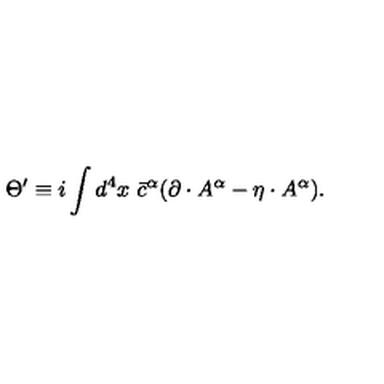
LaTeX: \Theta ^ { \prime } \equiv i \int d ^ { 4 } x \ { \bar { c } } ^ { \alpha } ( \partial \cdot A ^ { \alpha } - \eta \cdot A ^ { \alpha } ) .